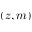
( z , m )